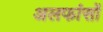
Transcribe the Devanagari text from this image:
अलफांसों